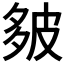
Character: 𪤻